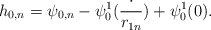
\begin{align*}h_{0,n}=\psi_{0,n}-\psi^1_0(\frac{\cdot}{r_{1n}})+\psi^1_0(0). \end{align*}